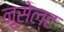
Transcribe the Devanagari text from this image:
नूसेल्ट